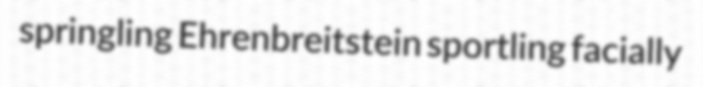
springling Ehrenbreitstein sportling facially